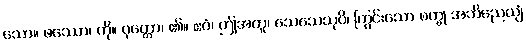
သော။ ဖဿော၊ ကို။ ဝုတ္တော၊ ၏။ ဧဝံ၊ ဤအတူ၊ သေသေသုပိ၊ ကြွင်းသော စက္ခု အဘိညေယျံ